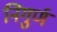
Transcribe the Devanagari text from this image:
निगुर्ण